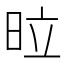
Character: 𭥩